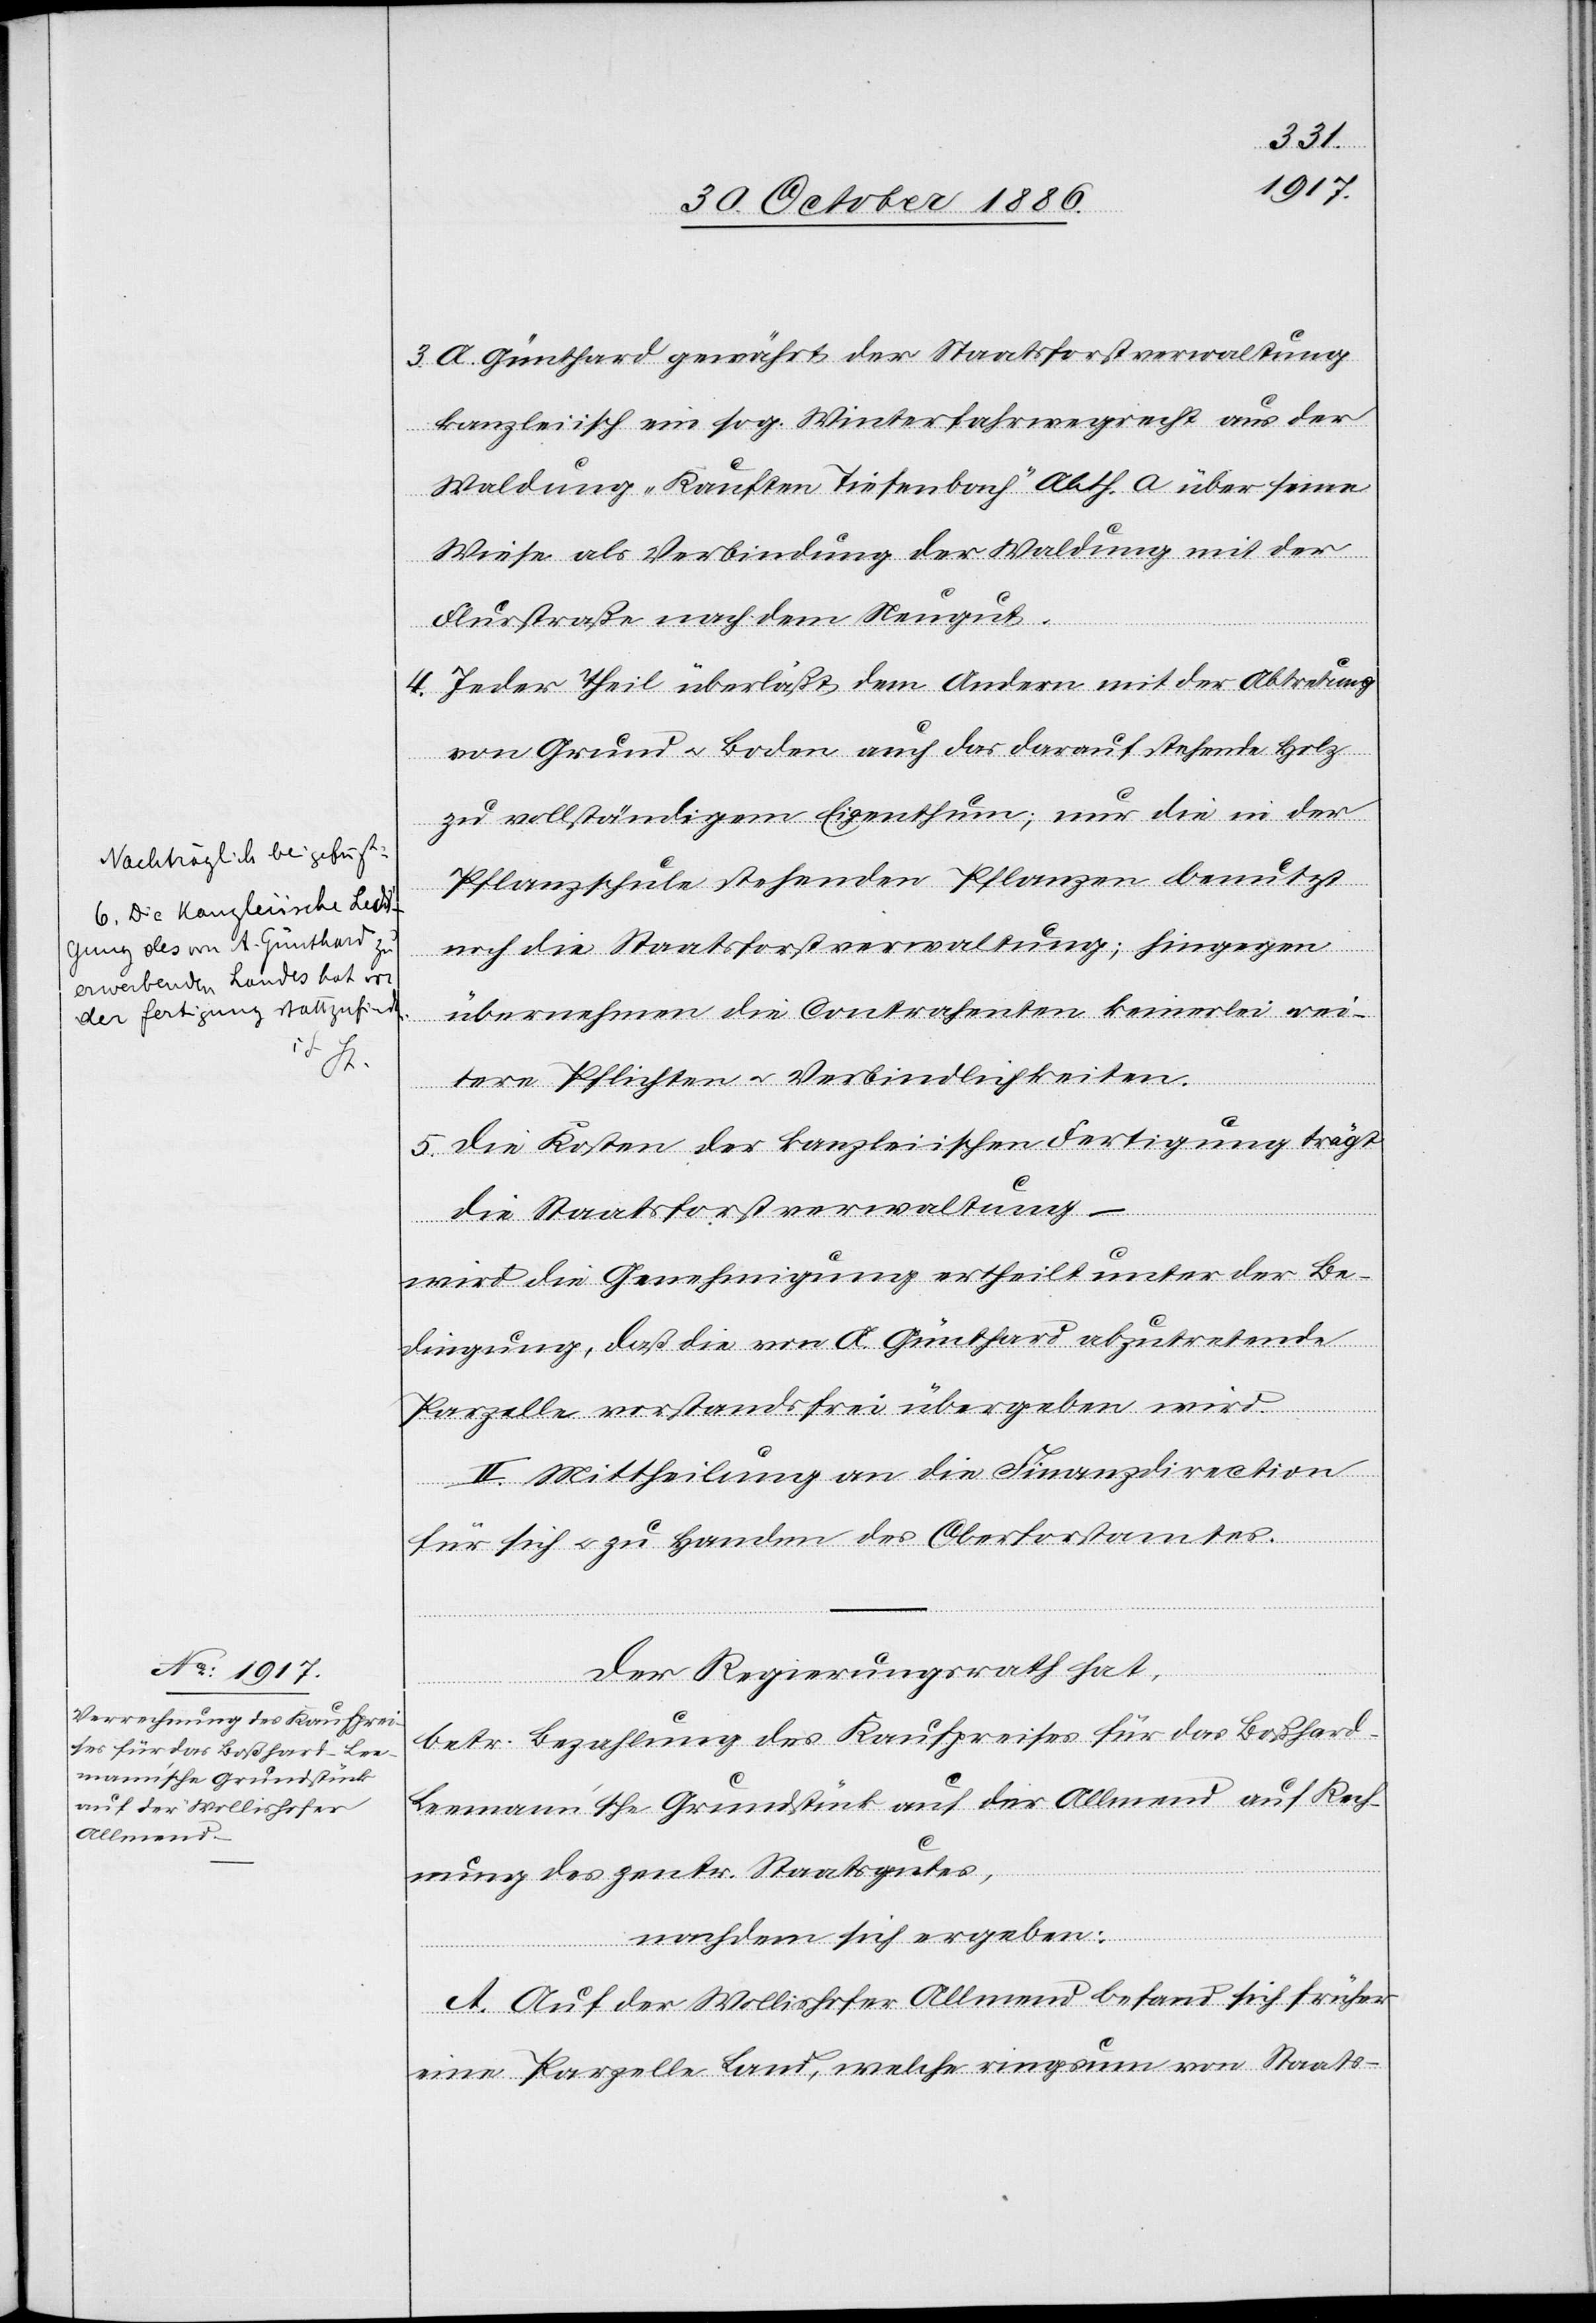
3. A. Günthard gewährt der Staatsforstverwaltung
kanzleiisch ein sog. Winterfahrwegrecht aus der
Waldung „Kauften Tiefenbach“ Abth. a über seine
Wiese als Verbindung der Waldung mit der
Flurstraße nach dem Neugut.
4. Jeder Theil überläßt dem Andern mit der Abtretung
von Grund & Boden auch das darauf stehende Holz
zu vollständigem Eigenthum; nur die in der
Pflanzschule stehenden Pflanzen benutzt
noch die Staatsforstverwaltung; hingegen
übernehmen die Contrahenten keinerlei wei¬
tere Pflichten & Verbindlichkeiten.
5. Die Kosten der kanzleiischen Fertigung trägt
die Staatsforstverwaltung.
wird die Genehmigung ertheilt unter der Be¬
dingung, daß die von A. Günthard abzutretende
Parzelle vorstandsfrei übergeben wird.
II. Mittheilung an die Finanzdirection
für sich & zu Handen des Oberforstamtes.
Der Regierungsrath hat,
betr. Bezahlung des Kaufpreises für das Boßhard-L¬
eemann’sche Grundstück auf der Allmend auf Rech¬
nung des zentr. Staatsgutes,
nachdem sich ergeben:
A. Auf der Wollishofer Allmend befand sich früher
eine Parzelle Land, welche ringsum von Staats-